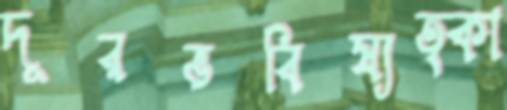
দূরভবিষ্যত্কা